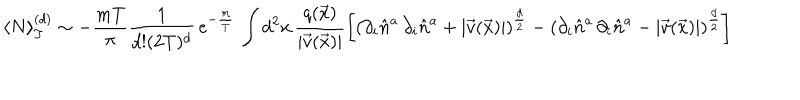
LaTeX: \langle N \rangle _ { T } ^ { ( d ) } \sim - \frac { m T } { \pi } \frac { 1 } { d ! ( 2 T ) ^ { d } } \, e ^ { - \frac { m } { T } } \, \int d ^ { 2 } x \, \frac { q ( \vec { x } ) } { | \vec { v } ( \vec { x } ) | } \left[ \left( \partial _ { i } \hat { n } ^ { a } \, \partial _ { i } \hat { n } ^ { a } + | \vec { v } ( \vec { x } ) | \right) ^ { \frac { d } { 2 } } - \left( \partial _ { i } \hat { n } ^ { a } \, \partial _ { i } \hat { n } ^ { a } - | \vec { v } ( \vec { x } ) | \right) ^ { \frac { d } { 2 } } \right]